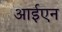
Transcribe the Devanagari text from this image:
आईएन